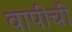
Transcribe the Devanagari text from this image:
वापीची